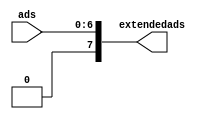

module adrsExtend(ads,extendedads);

input [6:0] ads;
output [7:0] extendedads;

 assign extendedads[6:0]=ads[6:0];
 assign extendedads[7]=0;

 
endmodule